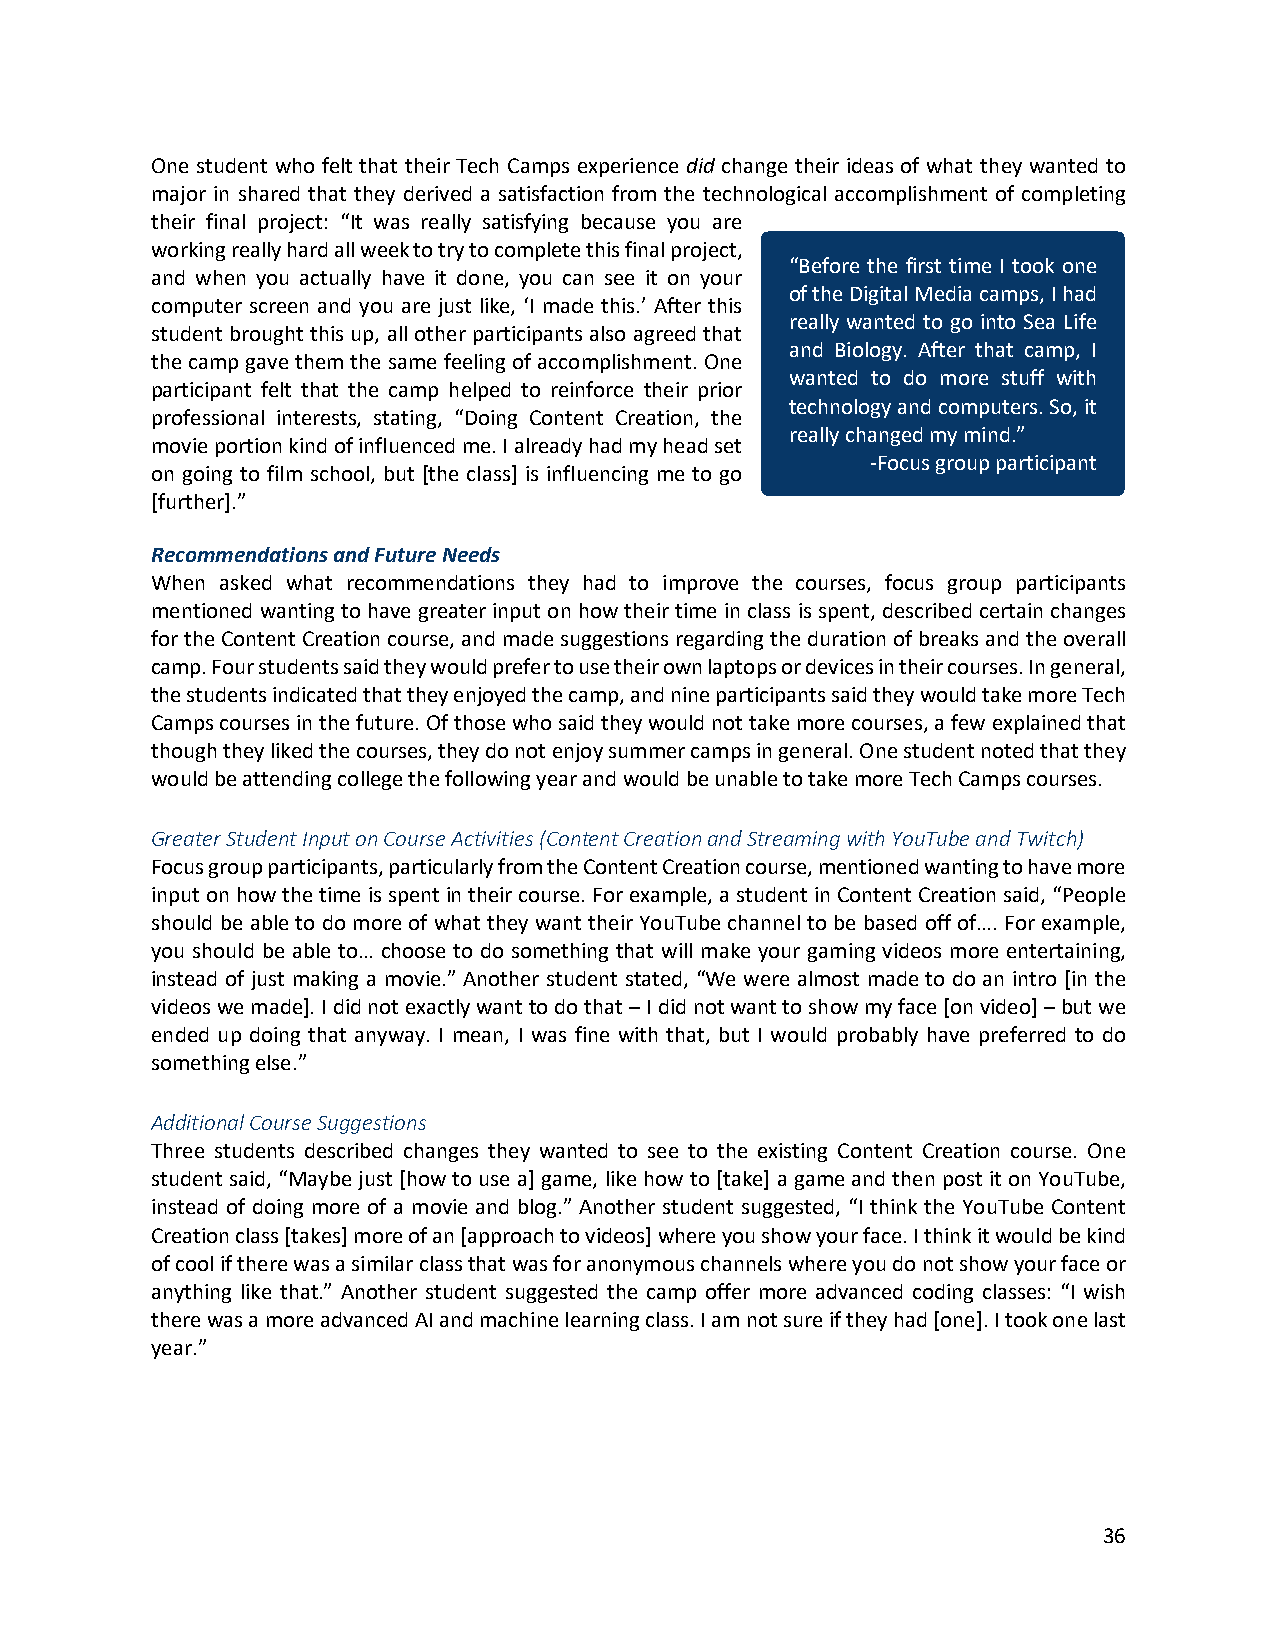
One student who felt that their Tech Camps experience did change their ideas of what they wanted to
 major in shared that they derived a satisfaction from the technological accomplishment of completing
 their final project: “It was really satisfying because you are
 working really hard all week to try to complete this final project,
 “Before the first time I took one
 and when you actually have it done, you can see it on your
 of the Digital Media camps, I had
 computer screen and you are just like, ‘I made this.’ After this
 really wanted to go into Sea Life
 student brought this up, all other participants also agreed that
 and Biology. After that camp, I
 the camp gave them the same feeling of accomplishment. One
 wanted to do more stuff with
 participant felt that the camp helped to reinforce their prior
 technology and computers. So, it
 professional interests, stating, “Doing Content Creation, the
 really changed my mind.”
 movie portion kind of influenced me. I already had my head set
 -Focus group participant
 on going to film school, but [the class] is influencing me to go
 [further].”
 Recommendations and Future Needs
 When asked what recommendations they had to improve the courses, focus group participants
 mentioned wanting to have greater input on how their time in class is spent, described certain changes
 for the Content Creation course, and made suggestions regarding the duration of breaks and the overall
 camp. Four students said they would prefer to use their own laptops or devices in their courses. In general,
 the students indicated that they enjoyed the camp, and nine participants said they would take more Tech
 Camps courses in the future. Of those who said they would not take more courses, a few explained that
 though they liked the courses, they do not enjoy summer camps in general. One student noted that they
 would be attending college the following year and would be unable to take more Tech Camps courses.
 Greater Student Input on Course Activities (Content Creation and Streaming with YouTube and Twitch)
 Focus group participants, particularly from the Content Creation course, mentioned wanting to have more
 input on how the time is spent in their course. For example, a student in Content Creation said, “People
 should be able to do more of what they want their YouTube channel to be based off of…. For example,
 you should be able to… choose to do something that will make your gaming videos more entertaining,
 instead of just making a movie.” Another student stated, “We were almost made to do an intro [in the
 videos we made]. I did not exactly want to do that – I did not want to show my face [on video] – but we
 ended up doing that anyway. I mean, I was fine with that, but I would probably have preferred to do
 something else.”
 Additional Course Suggestions
 Three students described changes they wanted to see to the existing Content Creation course. One
 student said, “Maybe just [how to use a] game, like how to [take] a game and then post it on YouTube,
 instead of doing more of a movie and blog.” Another student suggested, “I think the YouTube Content
 Creation class [takes] more of an [approach to videos] where you show your face. I think it would be kind
 of cool if there was a similar class that was for anonymous channels where you do not show your face or
 anything like that.” Another student suggested the camp offer more advanced coding classes: “I wish
 there was a more advanced AI and machine learning class. I am not sure if they had [one]. I took one last
 year.”
 36